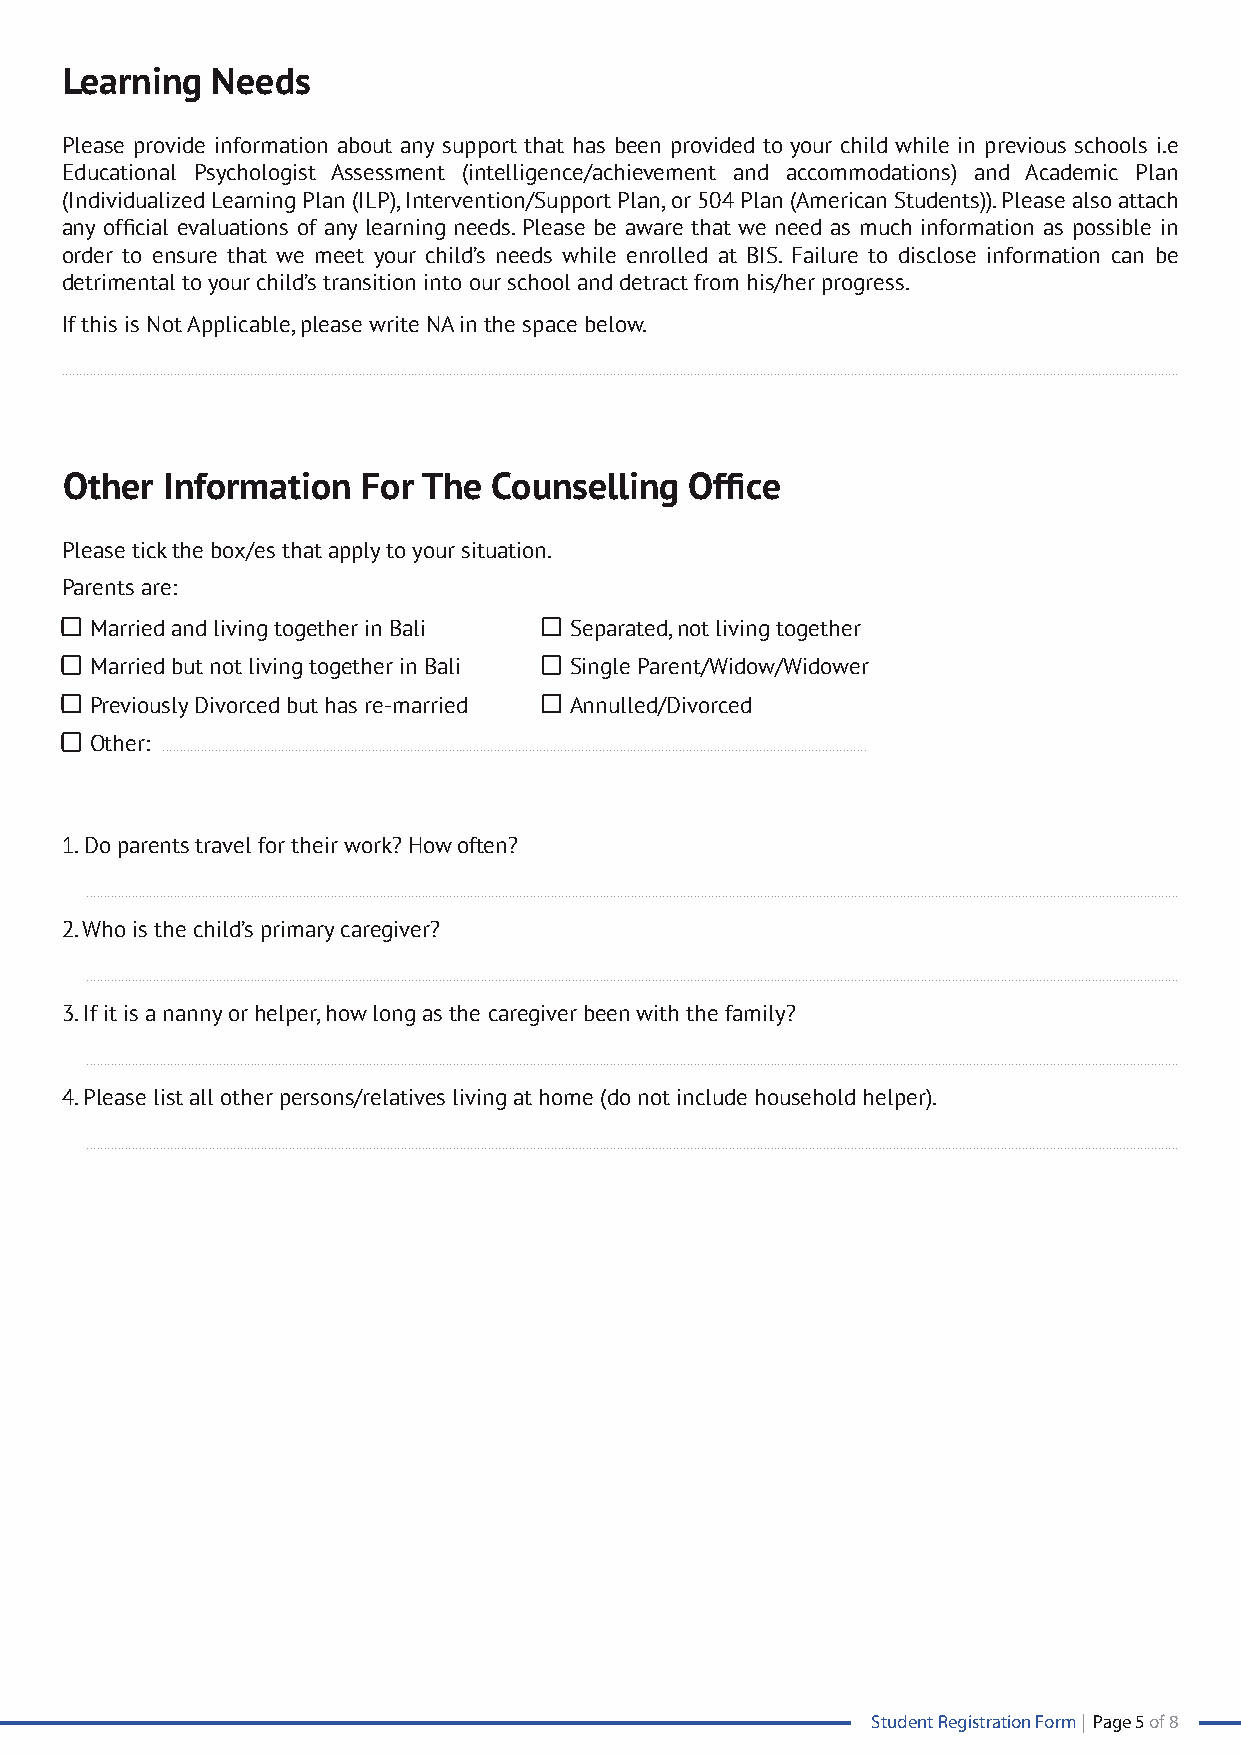
Learning  Needs
 Please provide information about any support that has been provided to your child while in previous schools i.e
 Educational Psychologist Assessment (intelligence/achievement and accommodations) and Academic Plan
 (Individualized Learning Plan (ILP), Intervention/Support Plan, or 504 Plan (American Students)). Please also attach
 any official evaluations of any learning needs. Please be aware that we need as much information as possible in
 order to ensure that we meet your child’s needs while enrolled at BIS. Failure to disclose information can be
 detrimental to your child’s transition into our school and detract from his/her progress.
 If this is Not Applicable, please write NA in the space below.
 ................................................................................................................................................................................................................................................................................................................................
 Other  Information  For The  Counselling  Office
 Please tick the box/es that apply to your situation.
 Parents are:
 Married and living together in Bali Separated, not living together
 Married but not living together in Bali Single Parent/Widow/Widower
 Previously Divorced but has re-married Annulled/Divorced
 Other:
 ..........................................................................................................................................................................................................
 1. Do parents travel for their work? How often?
 .........................................................................................................................................................................................................................................................................................................................
 2. Who is the child’s primary caregiver?
 .........................................................................................................................................................................................................................................................................................................................
 3. If it is a nanny or helper, how long as the caregiver been with the family?
 .........................................................................................................................................................................................................................................................................................................................
 4. Please list all other persons/relatives living at home (do not include household helper).
 .........................................................................................................................................................................................................................................................................................................................
 Student Registration Form | Page 5 of 8